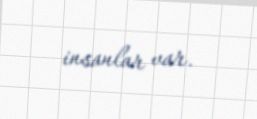
insanlar var.